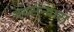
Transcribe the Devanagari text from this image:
नवसंन्यास